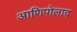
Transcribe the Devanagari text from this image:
आणिपोलाद